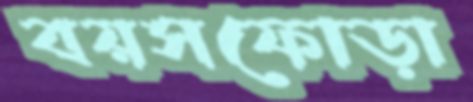
বয়সফোড়া